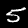
Digit: 5